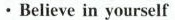
·Believe in yourself